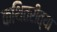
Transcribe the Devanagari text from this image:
कथितरीत्या